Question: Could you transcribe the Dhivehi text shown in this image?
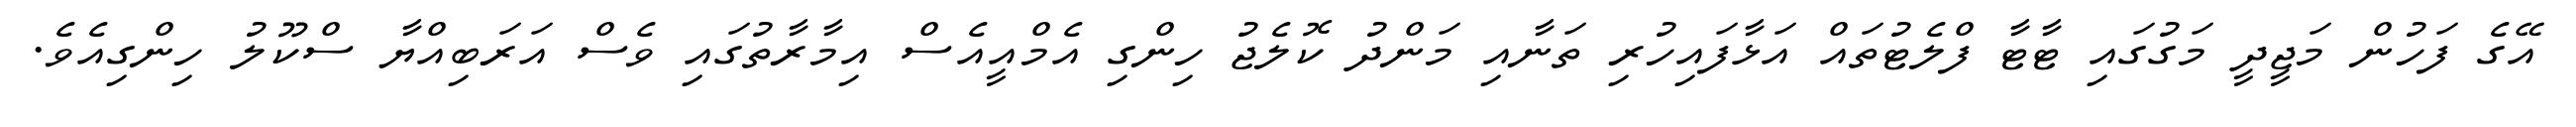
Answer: އޭގެ ފަހުން މަޖީދީ މަގުގައި ޓާޓާ ފްލެޓުތައް އަޅާފައިހުރި ތަނާއި މަންދު ކޮލެޖު ހިންގި އެމްއީއެސް އިމާރާތުގައި ވެސް އަރަބިއްޔާ ސްކޫލު ހިންގިއެވެ.